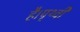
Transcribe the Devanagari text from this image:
है।पृथ्वी